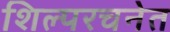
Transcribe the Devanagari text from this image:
शिल्परचनेत